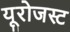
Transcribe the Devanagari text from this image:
यूरोजस्ट